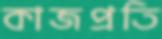
কাজপ্রতি